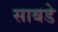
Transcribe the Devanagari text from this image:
साबडे